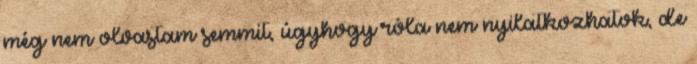
még nem olvastam semmit, úgyhogy róla nem nyilatkozhatok, de